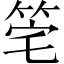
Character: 𥭌